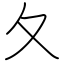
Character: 夂